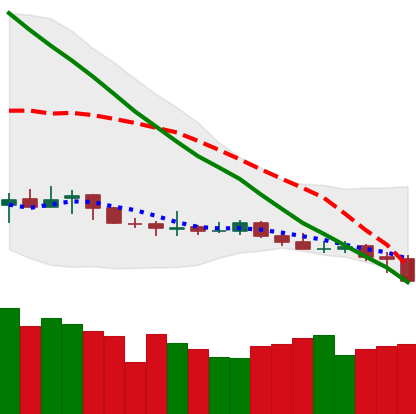
Ticker: XLM-USD
Chart end date: 2019-12-16
Forward return: -4.68%
Label: down_3_5